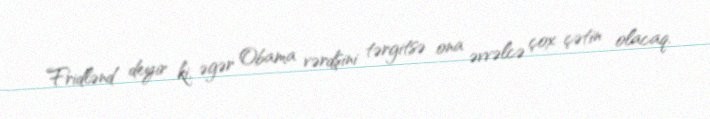
Fridlənd deyir ki, əgər Obama vərdşini tərgitsə ona əvvəlcə çox çətin olacaq.